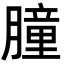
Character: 朣